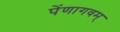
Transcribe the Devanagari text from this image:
पेंणागवम्